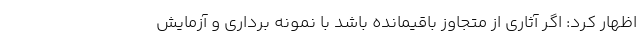
اظهار کرد: اگر آثاری از متجاوز باقیمانده باشد با نمونه برداری و آزمایش